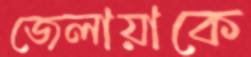
জেলায়াকে